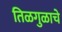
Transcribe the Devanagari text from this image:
तिळगुळाचे